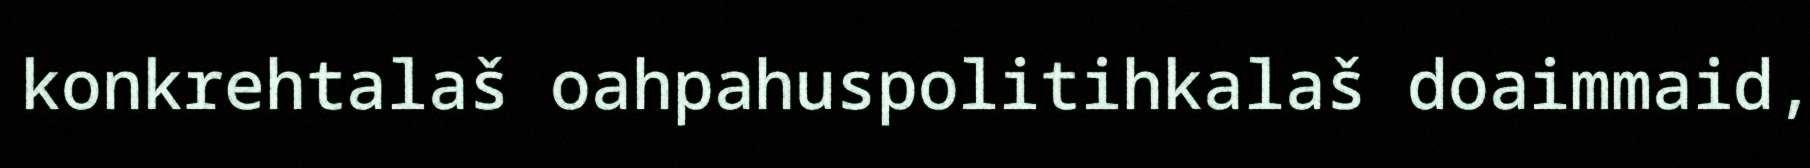
konkrehtalaš oahpahuspolitihkalaš doaimmaid,